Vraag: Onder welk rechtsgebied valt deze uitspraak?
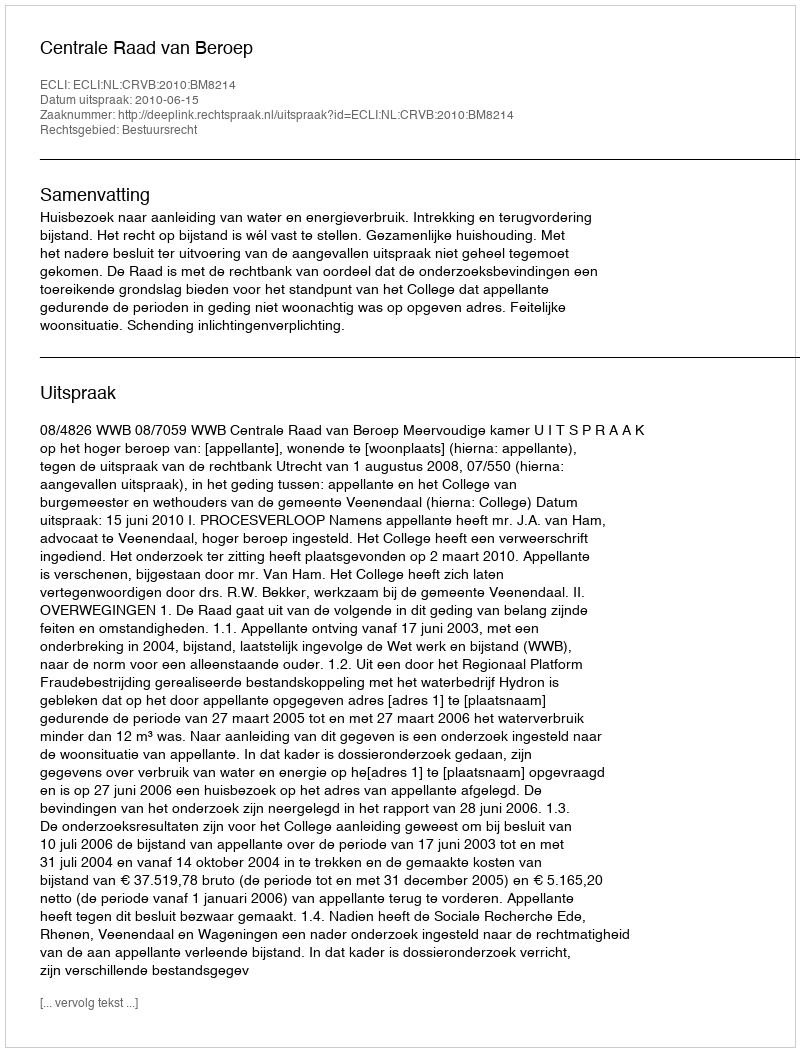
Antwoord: Bestuursrecht